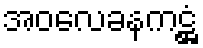
အဝလေခနကဋ္ဌံ